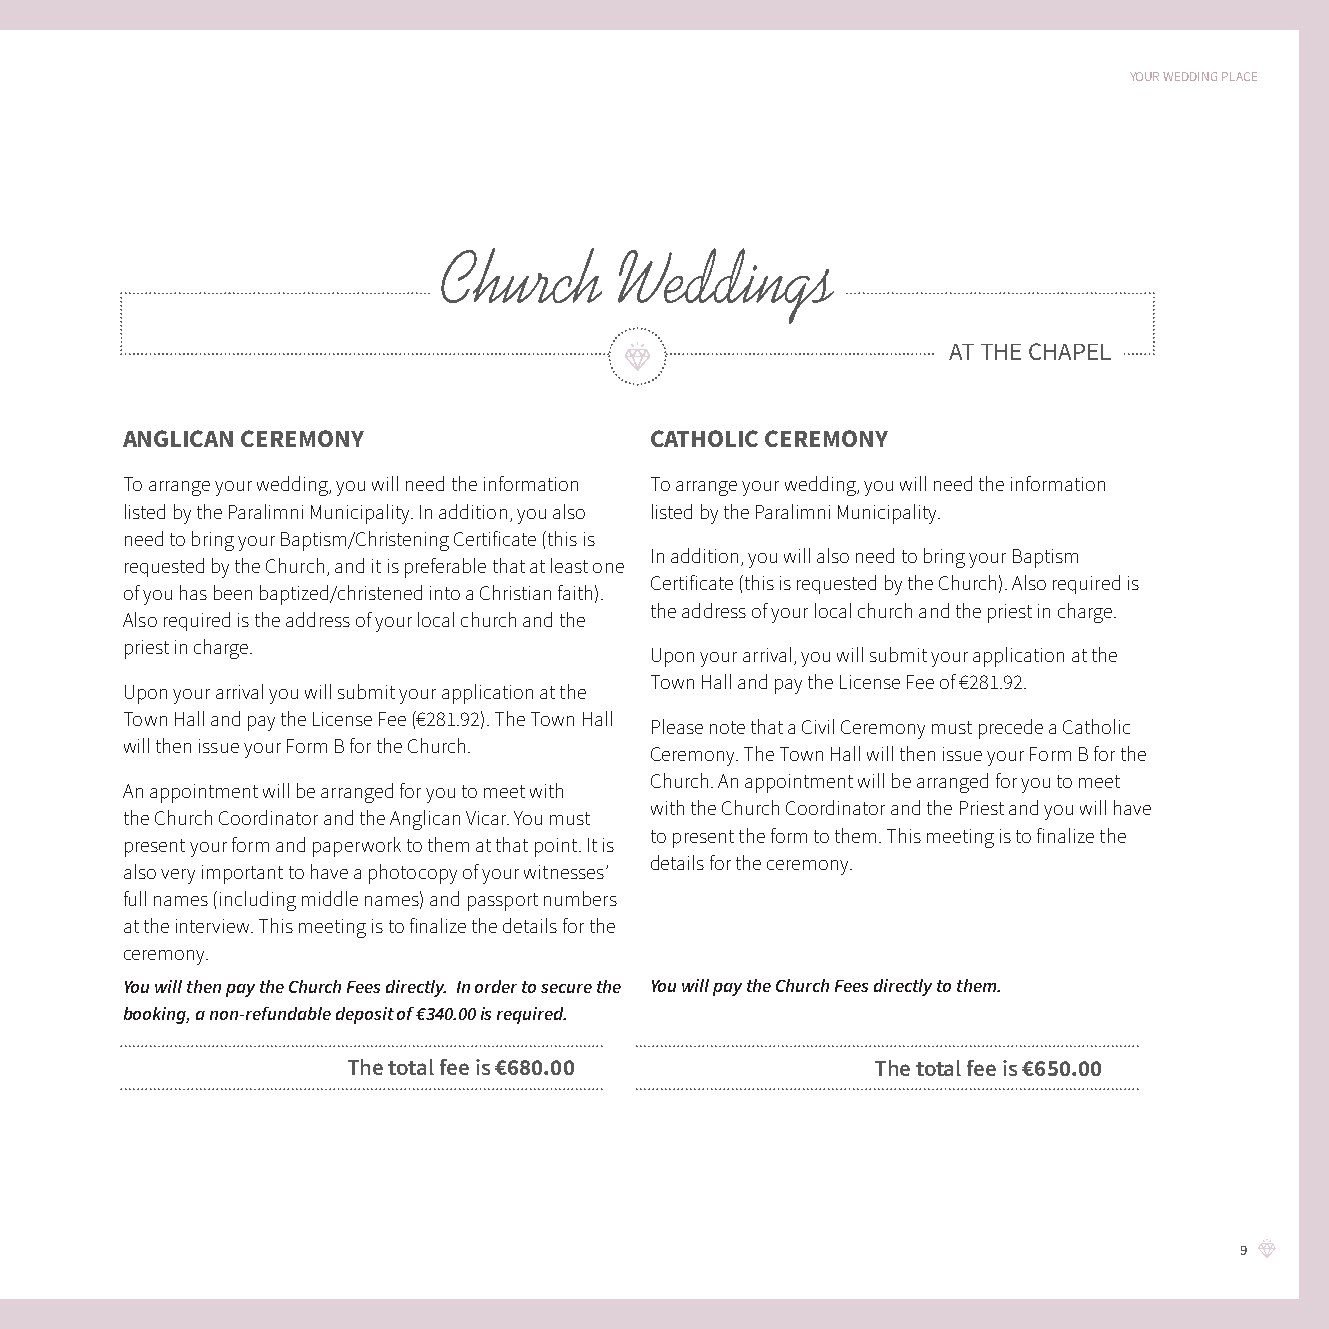
YOUR WEDDING PLACE
 Church      Weddings
 AT THE CHAPEL
 ANGLICAN CEREMONY                  CATHOLIC CEREMONY
 To arrange your wedding, you will need the information To arrange your wedding, you will need the information
 listed by the Paralimni Municipality. In addition, you also listed by the Paralimni Municipality.
 need to bring your Baptism/Christening Certificate (this is
 In addition, you will also need to bring your Baptism
 requested by the Church, and it is preferable that at least one
 Certificate (this is requested by the Church). Also required is
 of you has been baptized/christened into a Christian faith).
 the address of your local church and the priest in charge.
 Also required is the address of your local church and the
 priest in charge.
 Upon your arrival, you will submit your application at the
 Town Hall and pay the License Fee of €281.92.
 Upon your arrival you will submit your application at the
 Town Hall and pay the License Fee (€281.92). The Town Hall
 Please note that a Civil Ceremony must precede a Catholic
 will then issue your Form B for the Church.
 Ceremony. The Town Hall will then issue your Form B for the
 Church. An appointment will be arranged for you to meet
 An appointment will be arranged for you to meet with
 with the Church Coordinator and the Priest and you will have
 the Church Coordinator and the Anglican Vicar. You must
 to present the form to them. This meeting is to finalize the
 present your form and paperwork to them at that point. It is
 details for the ceremony.
 also very important to have a photocopy of your witnesses’
 full names (including middle names) and passport numbers
 at the interview. This meeting is to finalize the details for the
 ceremony.
 You will then pay the Church Fees directly. In order to secure the You will pay the Church Fees directly to them.
 booking, a non-refundable deposit of €340.00 is required.
 The total fee is €680.00           The total fee is €650.00
 9